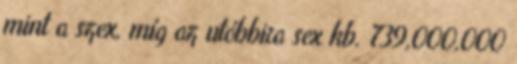
mint a szex, míg az utóbbira sex kb. 739,000,000